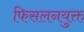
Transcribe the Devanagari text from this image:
फिसलनयुक्त